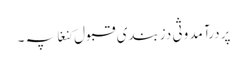
پر درآمد وثی دزبندی قبول کنغا پہ ۔